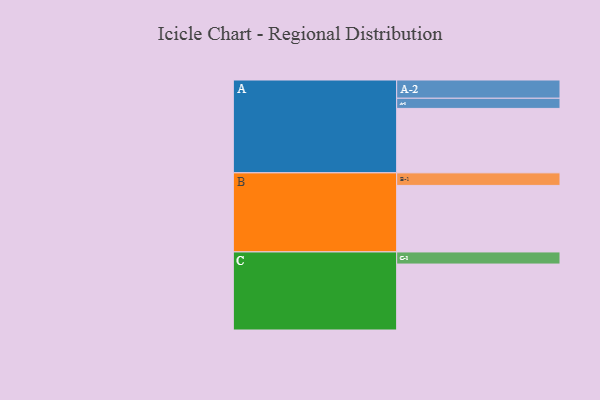
{"axis": {"x": "Segment", "y": "Value"}, "legend": ["", "A", "B", "C"], "data": [{"x": "A", "y": 431, "type": ""}, {"x": "B", "y": 445, "type": ""}, {"x": "C", "y": 441, "type": ""}, {"x": "A-1", "y": 68, "type": "A"}, {"x": "A-2", "y": 122, "type": "A"}, {"x": "B-1", "y": 84, "type": "B"}, {"x": "C-1", "y": 81, "type": "C"}]}